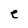
Character: e